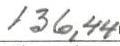
136,44